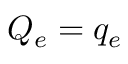
Q _ { e } = q _ { e }